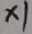
\times 1